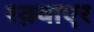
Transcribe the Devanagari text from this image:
स्क़्वाएर